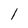
Character: l